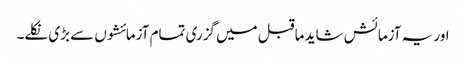
اور یہ آزمائش شاید ماقبل میں گزری تمام آزمائشوں سے بڑی نکلے۔